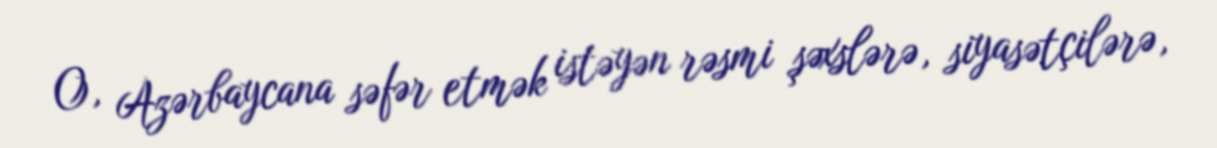
O, Azərbaycana səfər etmək istəyən rəsmi şəxslərə, siyasətçilərə,